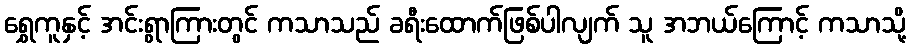
ရွှေကူနှင့် အင်းရွာကြားတွင် ကသာသည် ခရီးထောက်ဖြစ်ပါလျက် သူ အဘယ်ကြောင့် ကသာသို့